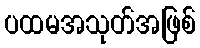
ပထမအသုတ်အဖြစ်